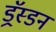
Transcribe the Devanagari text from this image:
ड्रॅस्डन